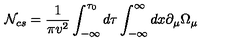
{ \cal N } _ { c s } = \frac { 1 } { \pi v ^ { 2 } } \int _ { - \infty } ^ { \tau _ { 0 } } d \tau \int _ { - \infty } ^ { \infty } d x \partial _ { \mu } \Omega _ { \mu }